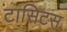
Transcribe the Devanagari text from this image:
टासिटस